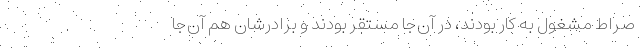
صراط مشغول به کار بودند، در آن‌جا مستقر بودند و برادرشان هم آن‌جا